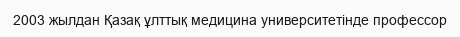
2003 жылдан Қазақ ұлттық медицина университетінде профессор